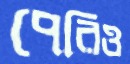
পেরিও